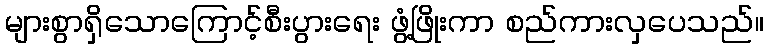
များစွာရှိသောကြောင့်စီးပွားရေး ဖွံ့ဖြိုးကာ စည်ကားလှပေသည်။